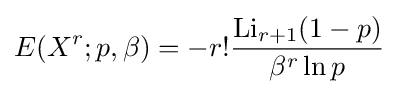
E(X^{r};p,\beta )=-r!{\frac {\operatorname {Li} _{r+1}(1-p)}{\beta ^{r}\ln p}}